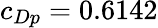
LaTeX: c_{Dp}=0.6142